Civil Veterinary Department. United Provinces 1923-31 - 1923-1931
Year: 1923
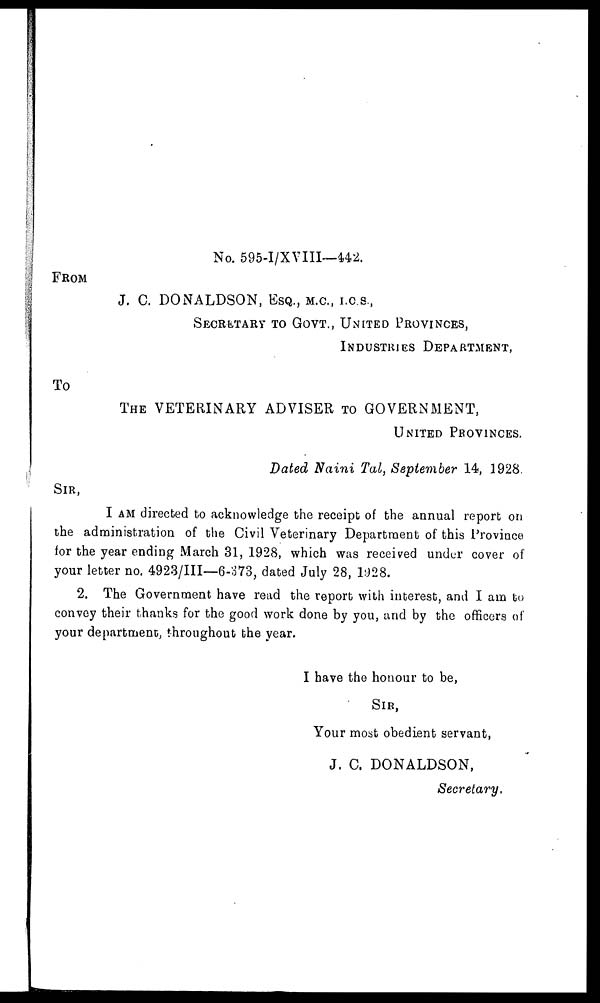
No. 595-I/XVIII—442.
FROM
J. C. DONALDSON, ESQ., M.C., I.C.S.,
SECRETARY TO GOVT., UNITED PROVINCES,
INDUSTRIES DEPARTMENT,
To
THE VETERINARY ADVISER TO GOVERNMENT,
UNITED PROVINCES.
Dated Naini Tal, September 14, 1928.
SIR,
I AM directed to acknowledge the receipt of the annual report on
the administration of the Civil Veterinary Department of this Province
for the year ending March 31, 1928, which was received under cover of
your letter no. 4923/III—6-373, dated July 28, 1928.
2. The Government have read the report with interest, and I am to
convey their thanks for the good work done by you, and by the officers of
your department, throughout the year.
I have the honour to be,
SIR,
Your moat obedient servant,
J. C. DONALDSON,
Secretary.